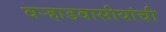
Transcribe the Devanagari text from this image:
वर्‍हाडवासीयांची